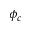
\phi _ { c }